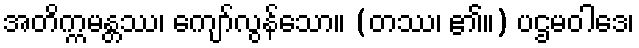
အတိက္ကမန္တဿ၊ ကျော်လွန်သော။ (တဿ၊ ၏။) ပဌမဝါဒေ၊